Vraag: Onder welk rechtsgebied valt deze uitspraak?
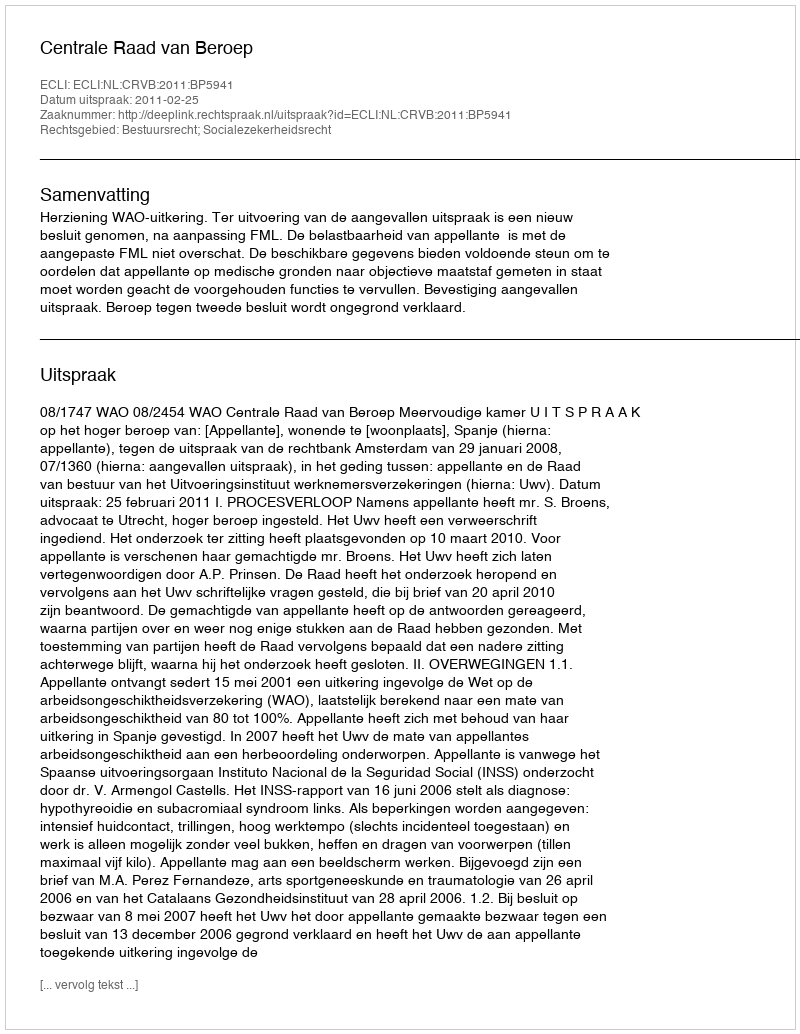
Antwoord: Bestuursrecht; Socialezekerheidsrecht